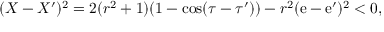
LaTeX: ( X - X ^ { \prime } ) ^ { 2 } = 2 ( r ^ { 2 } + 1 ) ( 1 - \cos ( \tau - \tau ^ { \prime } ) ) - r ^ { 2 } ( \mathrm { e } - \mathrm { e } ^ { \prime } ) ^ { 2 } < 0 ,